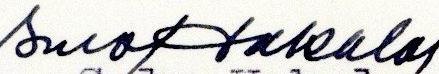
Sulo Hakala